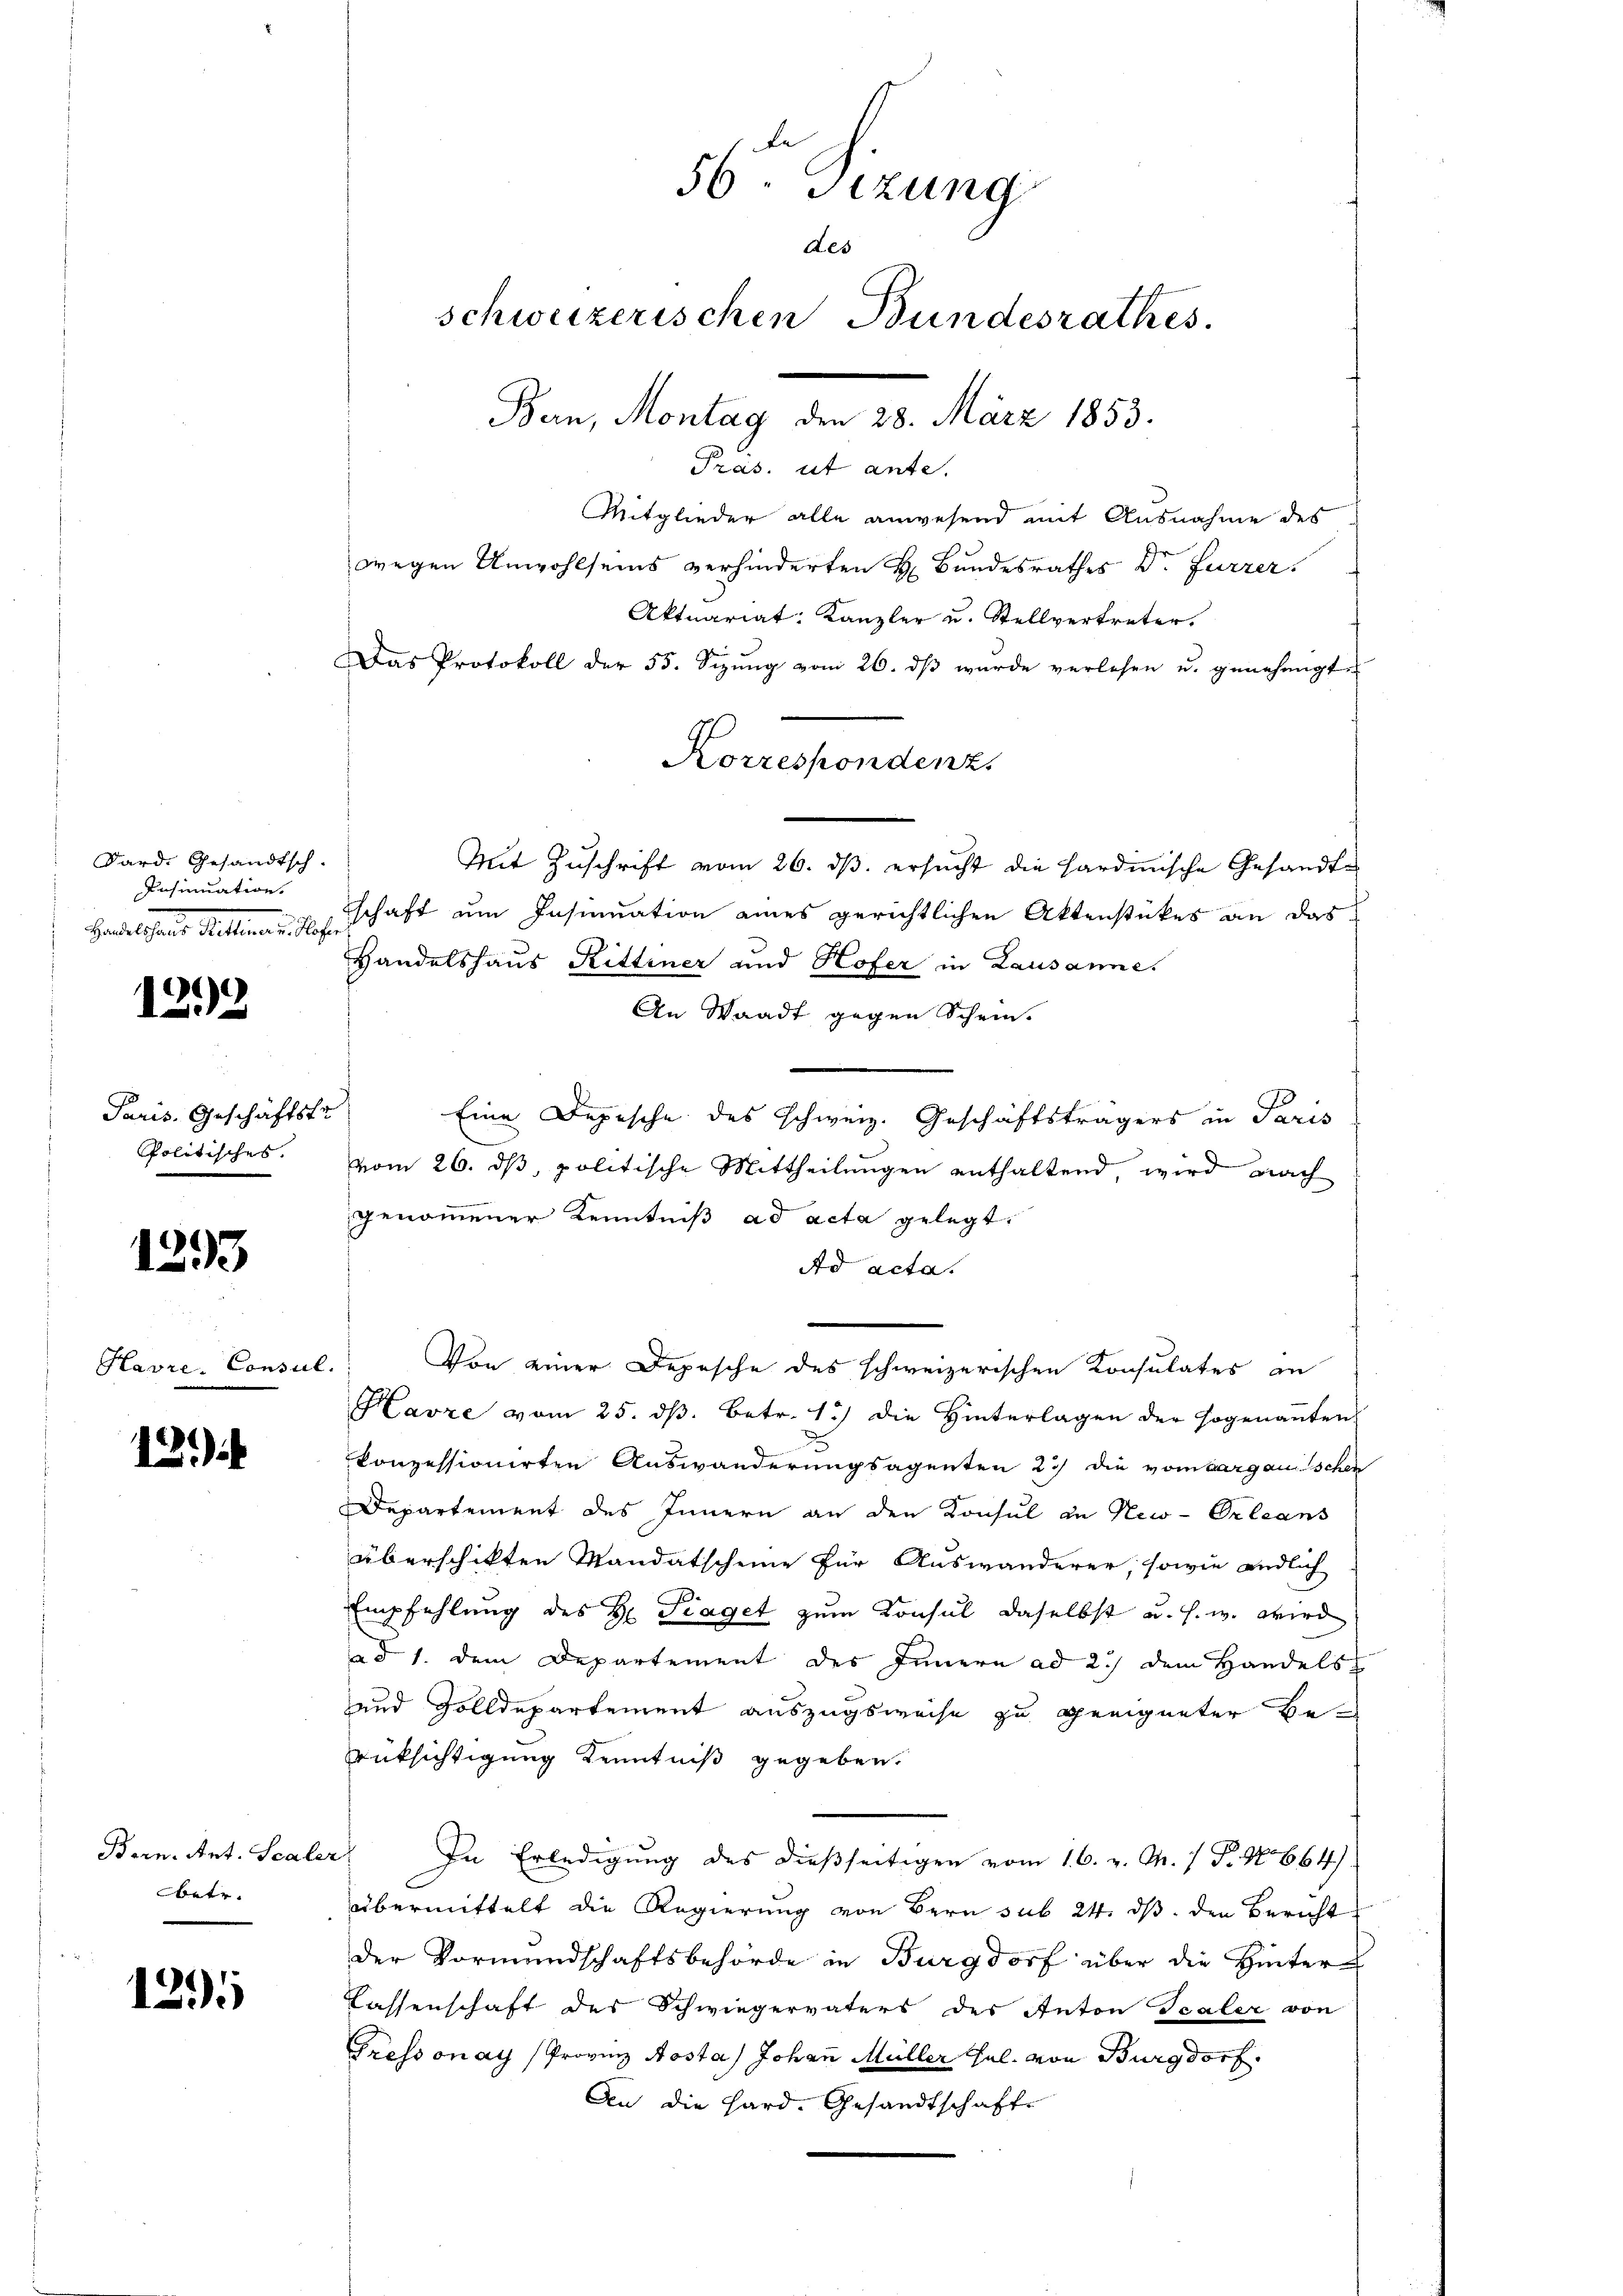
Sard. Gesandtsch-
Insinuation.
Hrade seine Stellen dies

1
e

Paris. Geschäftstr
Politisches.

1293

Havre, Consul.

121

Born. Ant. Scale
betr.

1395

56. Sizung
des
schweizerischen Bundesrathes.
Bern, Montag den 28. März 1853.
Pras. ut ante.
Mitglieder alle anwesend mit Ausnahme des
wegen Anwohlseins verhinderten H. Bundesrathes Dr. Furrer.
Aktuariat. Kanzler u. Stellvertreter.
Das Protokoll der 55. Seizŭng vom 26. dβ wurde verlesen u. genehmigt

Mit Zuschrift vom 26. ds. ersucht die Hardmische Gesandte
schaft um Insinuation eines gerichtlichen Aktenstückes an das
Handelshaus Rittener und Hofer in Lausanne.
An Waadt gegen Schein.
Eine Depesche des Schweiz. Geschäftsträgers in Paris
vom 26. ds, politische Mittheilungen enthaltend, wird nach
genommener Kenntniß ad acta gelegt.
Ad acta.
Von einer Depesche des schweizerischen Konsulates an
Harze vom 25. dß. Betr. 15) die Hinterlagen der sogenanten
konzessionirten Auswanderungsagenten 2) die vom Sargauischer
Departement des Innern an den Konsul in New-Orleans
überschikten Mandatscheine für Auswanderer, sowie endlich
Empfehlung des H. Traget zum Konsul daselbst u. s. w. wird
ad 1. dem Departement des Innern ad 2.) dem Handels
und Zolldepartement auszugsweise zu geeigneter Be¬
Rüksichtigung Kenntniß gegeben.
In Erledigung des dießseitigen vom 16. v. M. 1 P. N 664.
übermittelt die Regierung von Bern sub 24. ds. den Bericht
der Vormundschaftsbehörde in Burgdorf über die Hinter¬
Lassenschaft des Schwiegervaters des Anton Scaler von
Gressonay (Provinz Aosta) Johann Müller Hal. von Burgdorf.
An die Hard. Gesandtschafte

Korrespondenz.